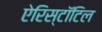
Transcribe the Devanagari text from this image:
ऐरिस्टॉटिल